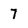
Character: 7